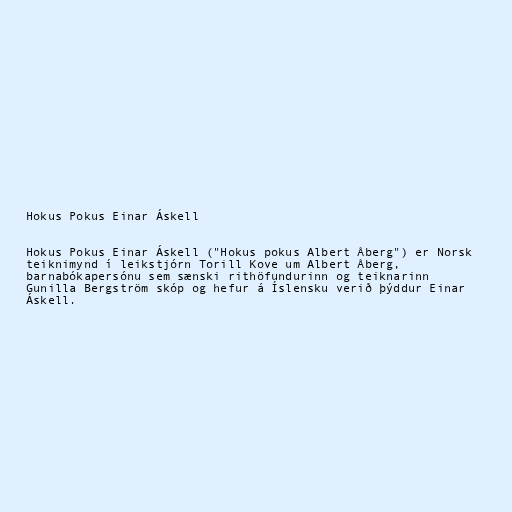
Hokus Pokus Einar Áskell

Hokus Pokus Einar Áskell ("Hokus pokus Albert Åberg") er Norsk
teiknimynd í leikstjórn Torill Kove um Albert Åberg,
barnabókapersónu sem sænski rithöfundurinn og teiknarinn
Gunilla Bergström skóp og hefur á Íslensku verið þýddur Einar
Áskell.